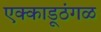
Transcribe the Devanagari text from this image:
एक्काडूठंगळ